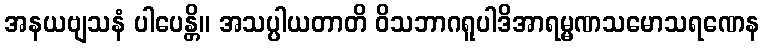
အနယဗျသနံ ပါပေန္တိ။ အသပ္ပါယတာတိ ဝိသဘာဂရူပါဒိအာရမ္မဏသမောသရဏေန